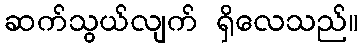
ဆက်သွယ်လျက် ရှိလေသည်။